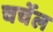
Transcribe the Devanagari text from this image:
चर्चेल